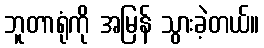
ဘူတာရုံကို အမြန် သွားခဲ့တယ်။